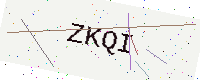
Text: ZKQI